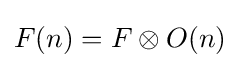
F(n)=F\otimes O(n)